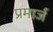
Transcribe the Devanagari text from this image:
प्रमार्ज